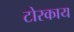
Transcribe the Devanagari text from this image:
टोरकाय